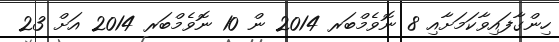
ހިންގާފައިވާކަމަށާއި 8 ނޮވެމްބަރ 2014 ން 10 ނޮވެމްބަރ 2014 އަށް 23